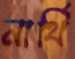
নার্থি